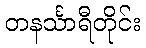
တနင်္သာရီတိုင်း